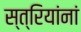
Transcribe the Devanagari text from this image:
स्त्रियांनां